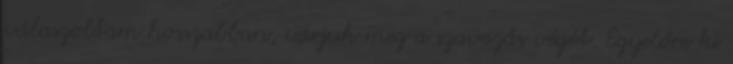
válaszoltam hosszabban, várjuk meg a szavazás végét. Egyelőre ki